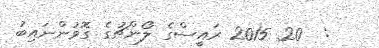
:  20